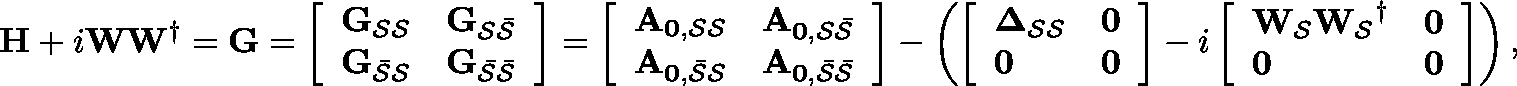
\mathbf { H } + i \mathbf { W } \mathbf { W } ^ { \dagger } = \mathbf { G } = \left[ \begin{array} { l l } { \mathbf { G _ { \mathcal { S } \mathcal { S } } } } & { \mathbf { G _ { \mathcal { S } \mathcal { \bar { S } } } } } \\ { \mathbf { G _ { \mathcal { \bar { S } } \mathcal { S } } } } & { \mathbf { G _ { \mathcal { \bar { S } } \mathcal { \bar { S } } } } } \end{array} \right] = \left[ \begin{array} { l l } { \mathbf { A _ { 0 , \mathcal { S } \mathcal { S } } } } & { \mathbf { A _ { 0 , \mathcal { S } \mathcal { \bar { S } } } } } \\ { \mathbf { A _ { 0 , \mathcal { \bar { S } } \mathcal { S } } } } & { \mathbf { A _ { 0 , \mathcal { \bar { S } } \mathcal { \bar { S } } } } } \end{array} \right] - \left( \left[ \begin{array} { l l } { \mathbf { \Delta _ { \mathcal { S } \mathcal { S } } } } & { \mathbf { 0 } } \\ { \mathbf { 0 } } & { \mathbf { 0 } } \end{array} \right] - i \left[ \begin{array} { l l } { \mathbf { W _ { \mathcal { S } } } \mathbf { W _ { \mathcal { S } } } ^ { \dagger } } & { \mathbf { 0 } } \\ { \mathbf { 0 } } & { \mathbf { 0 } } \end{array} \right] \right) ,